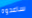
ساعدوه